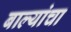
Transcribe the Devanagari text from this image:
बाल्यांचा